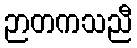
ဉာတကသညီ